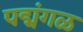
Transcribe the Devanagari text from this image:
पद्मंगळ